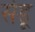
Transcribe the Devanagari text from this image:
सेडू